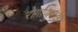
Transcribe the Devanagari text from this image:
रोग़ाणुवाहक